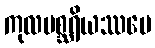
ကုလမစ္ဆရိယဿပေ